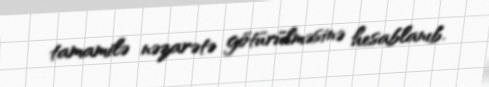
tamamilə nəzarətə götürülməsinə hesablanıb.